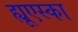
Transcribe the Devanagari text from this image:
ह्यूएस्का